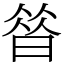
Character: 㫺